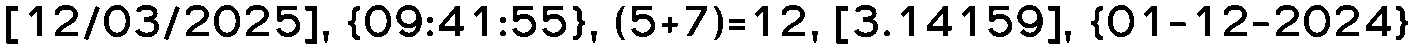
[12/03/2025], {09:41:55}, (5+7)=12, [3.14159], {01-12-2024}